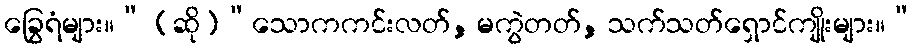
ခြွေရံများ။” (ဆို)“သောကကင်းလတ်, မကွဲတတ်, သက်သတ်ရှောင်ကျိုးများ။”